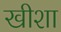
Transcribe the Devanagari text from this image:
खीशा